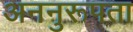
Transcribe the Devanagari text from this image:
अननुरूपता